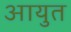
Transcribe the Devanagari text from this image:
आयुत